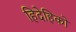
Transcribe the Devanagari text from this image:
हिदेहिको